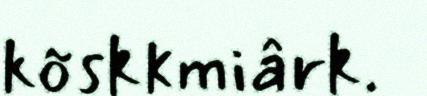
kõskkmiârk.